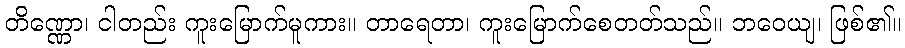
တိဏ္ဏော၊ ငါတည်း ကူးမြောက်မူကား။ တာရေတာ၊ ကူးမြောက်စေတတ်သည်။ ဘဝေယျ၊ ဖြစ်၏။